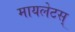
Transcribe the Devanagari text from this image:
मायलेटस्